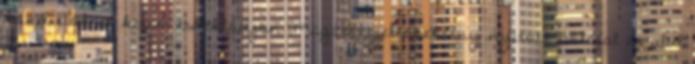
kondíciókról kérem érdeklődjön Magas éjjeliszekrény nyitott polccal és alul